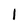
Character: I